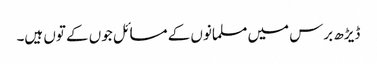
ڈیڑھ برس میں مسلمانوں کے مسائل جوں کے توں ہیں۔